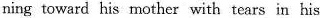
ning toward his mother with tears in his